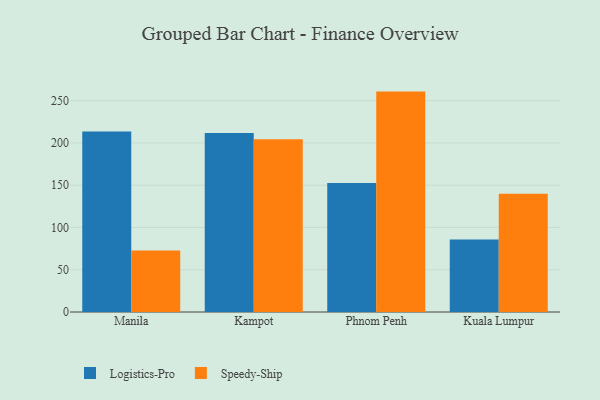
{"axis": {"x": "City", "y": "Tickets Resolved"}, "legend": ["Logistics-Pro", "Speedy-Ship"], "data": [{"x": "Manila", "y": 213.6, "type": "Logistics-Pro"}, {"x": "Manila", "y": 72.8, "type": "Speedy-Ship"}, {"x": "Kampot", "y": 211.7, "type": "Logistics-Pro"}, {"x": "Kampot", "y": 204.4, "type": "Speedy-Ship"}, {"x": "Phnom Penh", "y": 152.7, "type": "Logistics-Pro"}, {"x": "Phnom Penh", "y": 260.7, "type": "Speedy-Ship"}, {"x": "Kuala Lumpur", "y": 85.9, "type": "Logistics-Pro"}, {"x": "Kuala Lumpur", "y": 140.0, "type": "Speedy-Ship"}]}